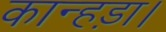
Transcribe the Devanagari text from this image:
कान्हड़ा।